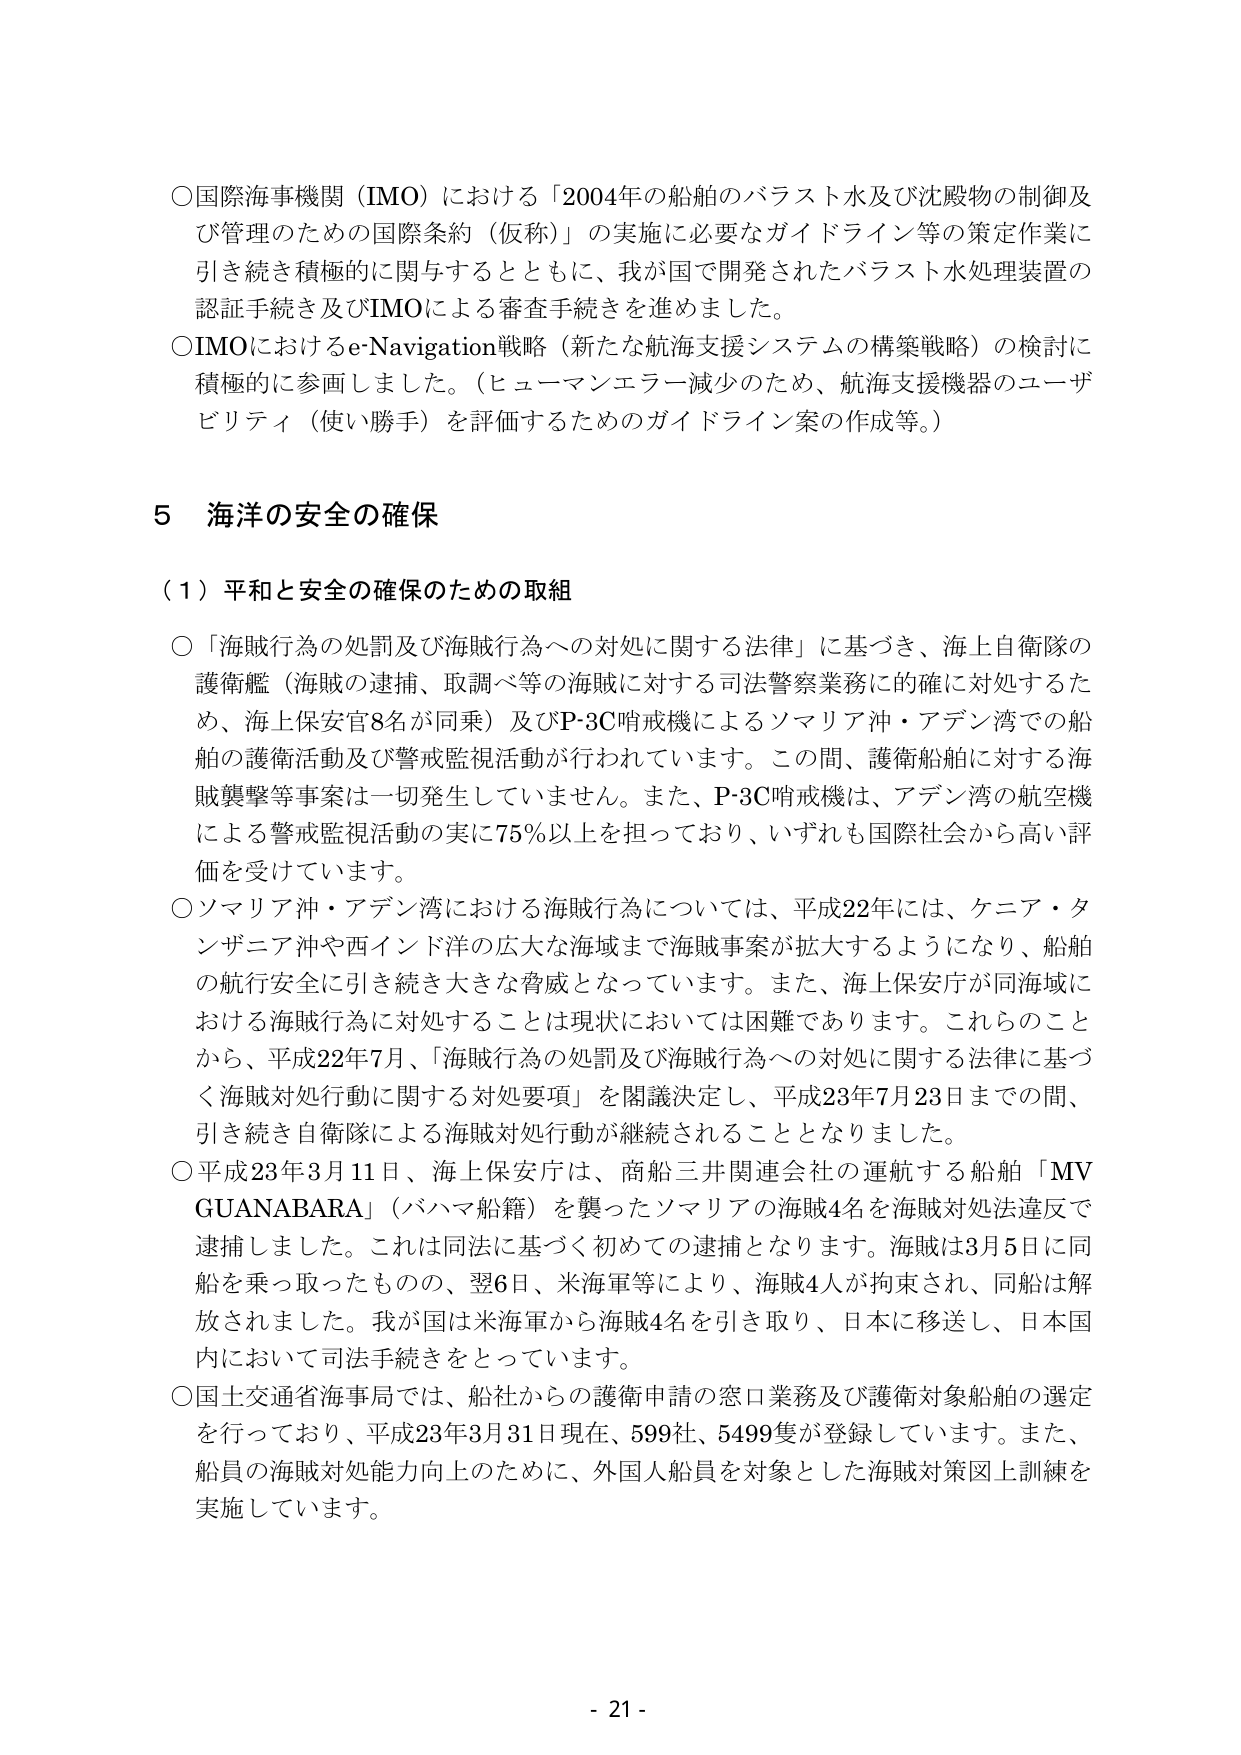
○国際海事機関（IMO）における「2004年の船舶のバラスト水及び沈殿物の制御及び管理のための国際条約（仮称）」の実施に必要なガイドライン等の策定作業に引き続き積極的に関与するとともに、我が国で開発されたバラスト水処理装置の認証手続き及びIMOによる審査手続きを進めました。

○IMOにおけるe-Navigation戦略（新たな航海支援システムの構築戦略）の検討に積極的に参画しました。（ヒューマンエラー減少のため、航海支援機器のユーザビリティ（使い勝手）を評価するためのガイドライン案の作成等。）

5 海洋の安全の確保

（1）平和と安全の確保のための取組

○「海賊行為の処罰及び海賊行為への対処に関する法律」に基づき、海上自衛隊の護衛艦（海賊の逮捕、取調べ等の海賊に対する司法警察業務に的確に対処するため、海上保安官8名が同乗）及びP-3C哨戒機によるソマリア沖・アデン湾での船舶の護衛活動及び警戒監視活動が行われています。この間、護衛船舶に対する海賊襲撃等事案は一切発生していません。また、P-3C哨戒機は、アデン湾の航空機による警戒監視活動の実に75％以上を担っており、いずれも国際社会から高い評価を受けています。

○ソマリア沖・アデン湾における海賊行為については、平成22年には、ケニア・タンザニア沖や西インド洋の広大な海域まで海賊事案が拡大するようになり、船舶の航行安全に引き続き大きな脅威となっています。また、海上保安庁が同海域における海賊行為に対処することは現状においては困難であります。これらのことから、平成22年7月、「海賊行為の処罰及び海賊行為への対処に関する法律に基づく海賊対処行動に関する対処要項」を閣議決定し、平成23年7月23日までの間、引き続き自衛隊による海賊対処行動が継続されることとなりました。

○平成23年3月11日、海上保安庁は、商船三井関連会社の運航する船舶「MV GUANABARA」（バハマ船籍）を襲ったソマリアの海賊4名を海賊対処法違反で逮捕しました。これは同法に基づく初めての逮捕となります。海賊は3月5日に同船を乗っ取ったものの、翌6日、米海軍等により、海賊4人が拘束され、同船は解放されました。我が国は米海軍から海賊4名を引き取り、日本に移送し、日本国内において司法手続きをとっています。

○国土交通省海事局では、船社からの護衛申請の窓口業務及び護衛対象船舶の選定を行っており、平成23年3月31日現在、599社、5499隻が登録しています。また、船員の海賊対処能力向上のために、外国人船員を対象とした海賊対策図上訓練を実施しています。

- 21 -